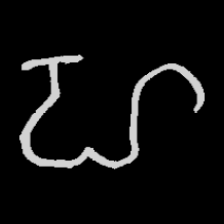
Pyu character \u2014 Myanmar letter: ဟ (romanized: ha)